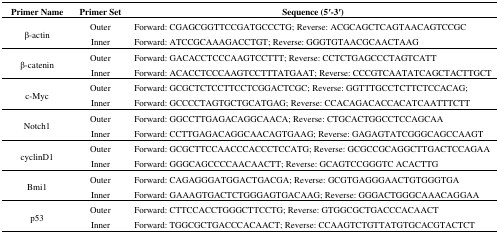
| Primer Name | Primer Set | Sequence (5′-3′) |
 | --- | --- | --- |
 | <ROWSPAN=2> β-actin | Outer | Forward: CGAGCGGTTCCGATGCCCTG; Reverse: ACGCAGCTCAGTAACAGTCCGC |
 | Inner | Forward: ATCCGCAAAGACCTGT; Reverse: GGGTGTAACGCAACTAAG |
 | <ROWSPAN=2> β-catenin | Outer | Forward: GACACCTCCCAAGTCCTTT; Reverse: CCTCTGAGCCCTAGTCATT |
 | Inner | Forward: ACACCTCCCAAGTCCTTTATGAAT; Reverse: CCCGTCAATATCAGCTACTTGCT |
 | <ROWSPAN=2> c-Myc | Outer | Forward: GCGCTCTCCTTCCTCGGACTCGC; Reverse: GGTTTGCCTCTTCTCCACAG; |
 | Inner | Forward: GCCCCTAGTGCTGCATGAG; Reverse: CCACAGACACCACATCAATTTCTT |
 | <ROWSPAN=2> Notch1 | Outer | Forward: GGCCTTGAGACAGGCAACA; Reverse: CTGCACTGGCCTCCAGCAA |
 | Inner | Forward: CCTTGAGACAGGCAACAGTGAAG; Reverse: GAGAGTATCGGGCAGCCAAGT |
 | <ROWSPAN=2> cyclinD1 | Outer | Forward: GCGCTTCCAACCCACCCTCCATG; Reverse: GCGCCGCAGGCTTGACTCCAGAA |
 | Inner | Forward: GGGCAGCCCCAACAACTT; Reverse: GCAGTCCGGGTC ACACTTG |
 | <ROWSPAN=2> Bmi1 | Outer | Forward: CAGAGGGATGGACTGACGA; Reverse: GCGTGAGGGAACTGTGGGTGA |
 | Inner | Forward: GAAAGTGACTCTGGGAGTGACAAG; Reverse: GGGACTGGGCAAACAGGAA |
 | <ROWSPAN=2> p53 | Outer | Forward: CTTCCACCTGGGCTTCCTG; Reverse: GTGGCGCTGACCCACAACT |
 | Inner | Forward: TGGCGCTGACCCACAACT; Reverse: CCAAGTCTGTTATGTGCACGTACTCT |